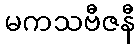
မကသဗီဇနီ